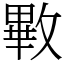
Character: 㪤